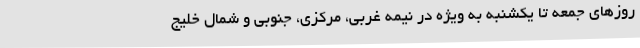
روزهای جمعه تا یکشنبه به ویژه در نیمه غربی، مرکزی، جنوبی و شمال خلیج